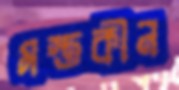
মস্তকীন